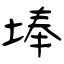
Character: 埲